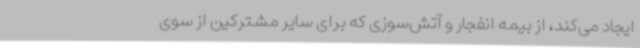
ایجاد می‌کند، از بیمه انفجار و آتش‌سوزی که برای سایر مشترکین از سوی